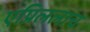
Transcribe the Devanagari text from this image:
एप्रिललाच